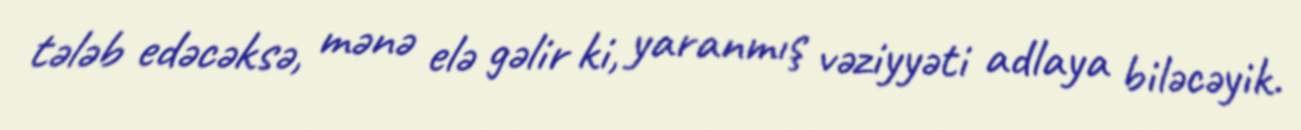
tələb edəcəksə, mənə elə gəlir ki, yaranmış vəziyyəti adlaya biləcəyik.